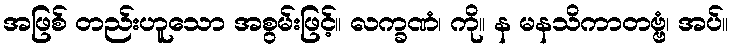
အဖြစ် တည်းဟူသော အစွမ်းဖြင့်။ လက္ခဏံ၊ ကို။ န မနသိကာတဗ္ဗံ၊ အပ်။